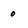
Character: 0